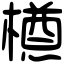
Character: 𣜃